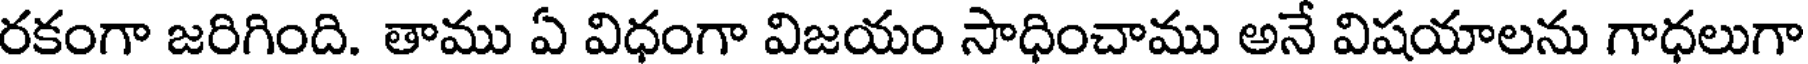
రకంగా జరిగింది. తాము ఏ విధంగా విజయం సాధించాము అనే విషయాలను గాధలుగా